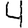
Digit: 4